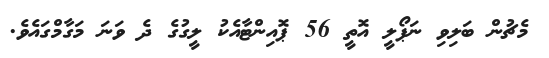
މެޗުން ބަލިވި ނަޕޯލީ އޮތީ 56 ޕޮއިންޓާއެކު ލީގުގެ ދެ ވަނަ މަގާމްގައެވެ.